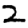
Digit: 2